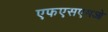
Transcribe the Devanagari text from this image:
एफएसएमओ